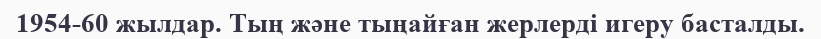
1954-60 жылдар. Тың және тыңайған жерлерді игеру басталды.